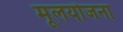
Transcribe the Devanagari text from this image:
मूलयोजना